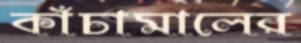
কাঁচামালের